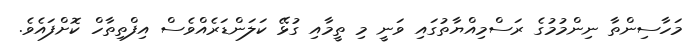
މަހާސިންތާ ނިންމުމުގެ ރަސްމިއްޔާތުގައި ވަނީ މި ތީމާއި ގުޅޭ ކަލަންޑަރެއްވެސް އިފްތިތާހް ކޮށްފައެވެ.